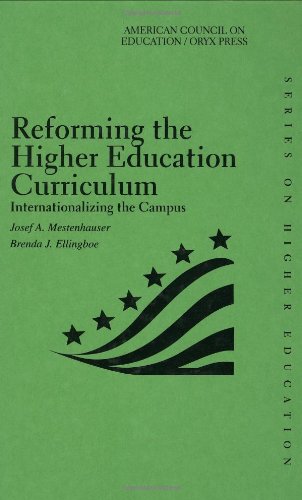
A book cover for Reforming The Higher Education Curriculum: Internationalizing The Campus (American Council on Education Oryx Press Series on Higher Education); Travel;